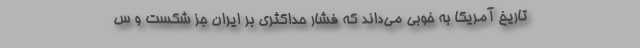
تاریخ آمریکا به خوبی می‌داند که فشار حداکثری بر ایران جز شکست و س